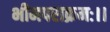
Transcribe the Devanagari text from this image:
भीमपराक्रमः।।